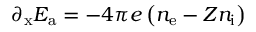
{ \partial _ { \mathrm { x } } } E _ { \mathrm { a } } = - 4 \pi e \left( n _ { \mathrm { e } } - Z n _ { \mathrm { i } } \right)